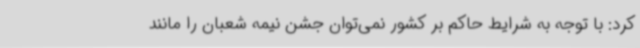
کرد: با توجه به شرایط حاکم بر کشور نمی‌توان جشن نیمه شعبان را مانند